Report of the Indian Hemp Drugs Commission, 1894-1895 - Volume I
Year: 1894
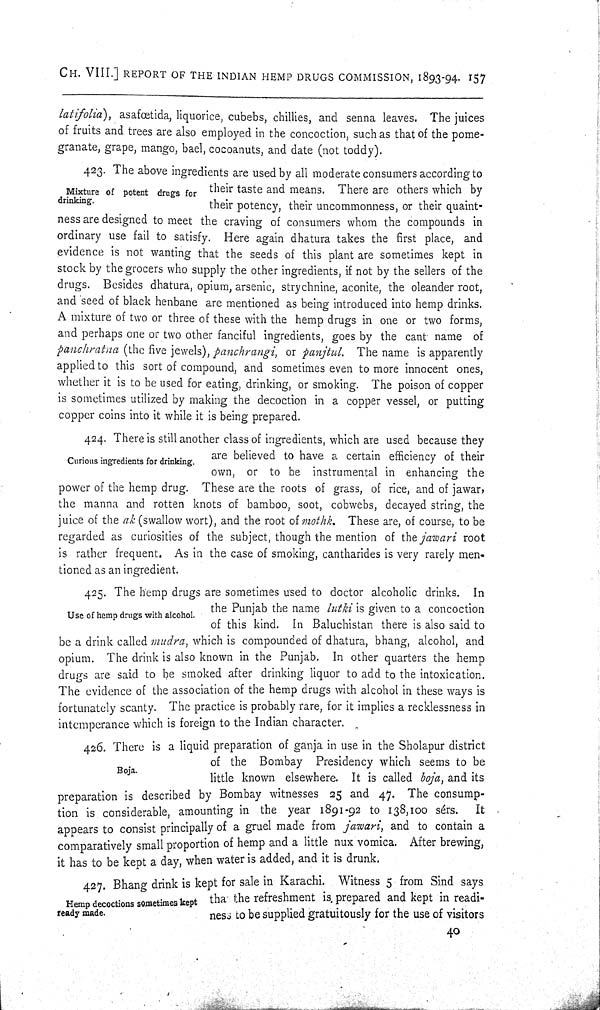
CH. VIII.] REPORT OF THE INDIAN HEMP DRUGS COMMISSION, 1893-94. 157
latifolia), asafoetida, liquorice, cubebs, chillies, and senna leaves. The juices
of fruits and trees are also employed in the concoction, such as that of the pome-
granate, grape, mango, bael, cocoanuts, and date (not toddy).
Mixture of potent drugs for
drinking.
423. The above ingredients are used by all moderate consumers according to
their taste and means. There are others which by
their potency, their uncommonness, or their quaint-
ness are designed to meet the craving of consumers whom the compounds in
ordinary use fail to satisfy. Here again dhatura takes the first place, and
evidence is not wanting that the seeds of this plant are sometimes kept in
stock by the grocers who supply the other ingredients, if not by the sellers of the
drugs. Besides dhatura, opium, arsenic, strychnine, aconite, the oleander root,
and seed of black henbane are mentioned as being introduced into hemp drinks.
A mixture of two or three of these with the hemp drugs in one or two forms,
and perhaps one or two other fanciful ingredients, goes by the cant name of
panchratna (the five jewels), panchrangi, or panjtul. The name is apparently
applied to this sort of compound, and sometimes even to more innocent ones,
whether it is to be used for eating, drinking, or smoking. The poison of copper
is sometimes utilized by making the decoction in a copper vessel, or putting
copper coins into it while it is being prepared.
Curious ingredients for drinking.
424. There is still another class of ingredients, which are used because they
are believed to have a certain efficiency of their
own, or to be instrumental in enhancing the
power of the hemp drug. These are the roots of grass, of rice, and of jawar,
the manna and rotten knots of bamboo, soot, cobwebs, decayed string, the
juice of the ak (swallow wort), and the root of mothk. These are, of course, to be
regarded as curiosities of the subject, though the mention of the jawari root
is rather frequent. As in the case of smoking, cantharides is very rarely men-
tioned as an ingredient.
Use of hemp drugs with alcohol.
425. The hemp drugs are sometimes used to doctor alcoholic drinks. In
the Punjab the name lutki is given to a concoction
of this kind. In Baluchistan there is also said to
be a drink called mudra, which is compounded of dhatura, bhang, alcohol, and
opium. The drink is also known in the Punjab. In other quarters the hemp
drugs are said to be smoked after drinking liquor to add to the intoxication.
The evidence of the association of the hemp drugs with alcohol in these ways is
fortunately scanty. The practice is probably rare, for it implies a recklessness in
intemperance which is foreign to the Indian character.
Boja.
426. There is a liquid preparation of ganja in use in the Sholapur district
of the Bombay Presidency which seems to be
little known elsewhere. It is called boja, and its
preparation is described by Bombay witnesses 25 and 47. The consump-
tion is considerable, amounting in the year 1891-92 to 138,100 sérs. It
appears to consist principally of a gruel made from jawari, and to contain a
comparatively small proportion of hemp and a little nux vomica. After brewing,
it has to be kept a day, when water is added, and it is drunk.
Hemp decoctions someti mes kept
ready made.
427. Bhang drink is kept for sale in Karachi. Witness 5 from Sind says
tha the refreshment is prepared and kept in readi-
ness to be supplied gratuitously for the use of visitors
40